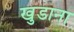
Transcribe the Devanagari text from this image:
खुडाना